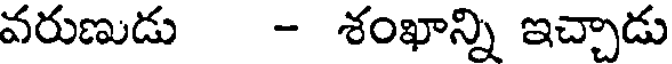
వరుణుడు - శంఖాన్ని ఇచ్చాడు